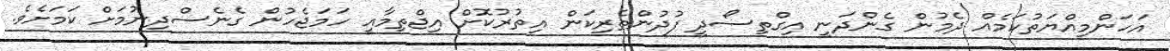
އަހަންމިއްޔަތުކަމެއް ދެމުން ގެންދަނީ އިގްތިސޯދީ ފުދުންތެރިކަން އިތުރުކޮށް އިޖްތިމާއީ ހަމަޖެހުން ގެނެސްދިނުމަށް ކަމަށެވެ.